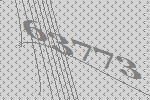
63773